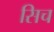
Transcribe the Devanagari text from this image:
सिच